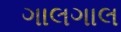
ગાલગાલ